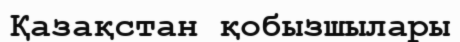
Қазақстан қобызшылары